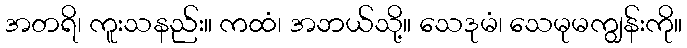
အတရိ၊ ကူးသနည်း။ ကထံ၊ အဘယ်သို့။ သေဒုမံ၊ သေမုမကျွန်းကို။